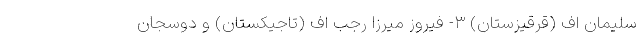
سلیمان اف (قرقیزستان) ۳- فیروز میرزا رجب اف (تاجیکستان) و دوسجان